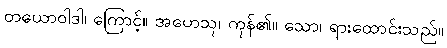
တယောဝါဒါ၊ ကြောင့်။ အဟေသု၊ ကုန်၏။ သော၊ ရားထောင်းသည်။